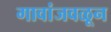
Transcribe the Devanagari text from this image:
गावांजवळून